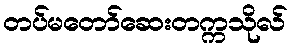
တပ်မတော်ဆေးတက္ကသိုလ်